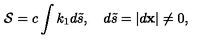
{ \cal S } = c \int k _ { 1 } d { \tilde { s } } , \quad d { \tilde { s } } = | { d { \bf x } } | \neq 0 ,